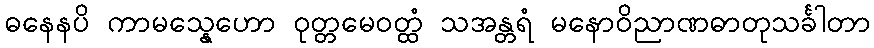
ဓနေနပိ ကာမသ္နေဟော ဝုတ္တမေဝတ္ထံ သအန္တရံ မနောဝိညာဏဓာတုသင်္ခါတာ